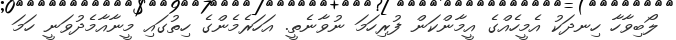
ލޯބިވާހާ ހިނދަކު އެމީހެއްގެ އީމާންކަން ފުރިހަމަ ނުވާނެތީ. އަހަރެމެންގެ ހިތުގައި މީނާއާމެދުވަނީ ހަމަ